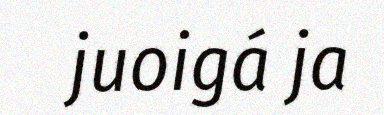
juoigá ja